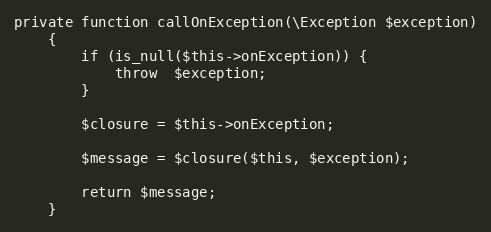
Language: PHP
private function callOnException(\Exception $exception)
    {
        if (is_null($this->onException)) {
            throw  $exception;
        }

        $closure = $this->onException;

        $message = $closure($this, $exception);

        return $message;
    }